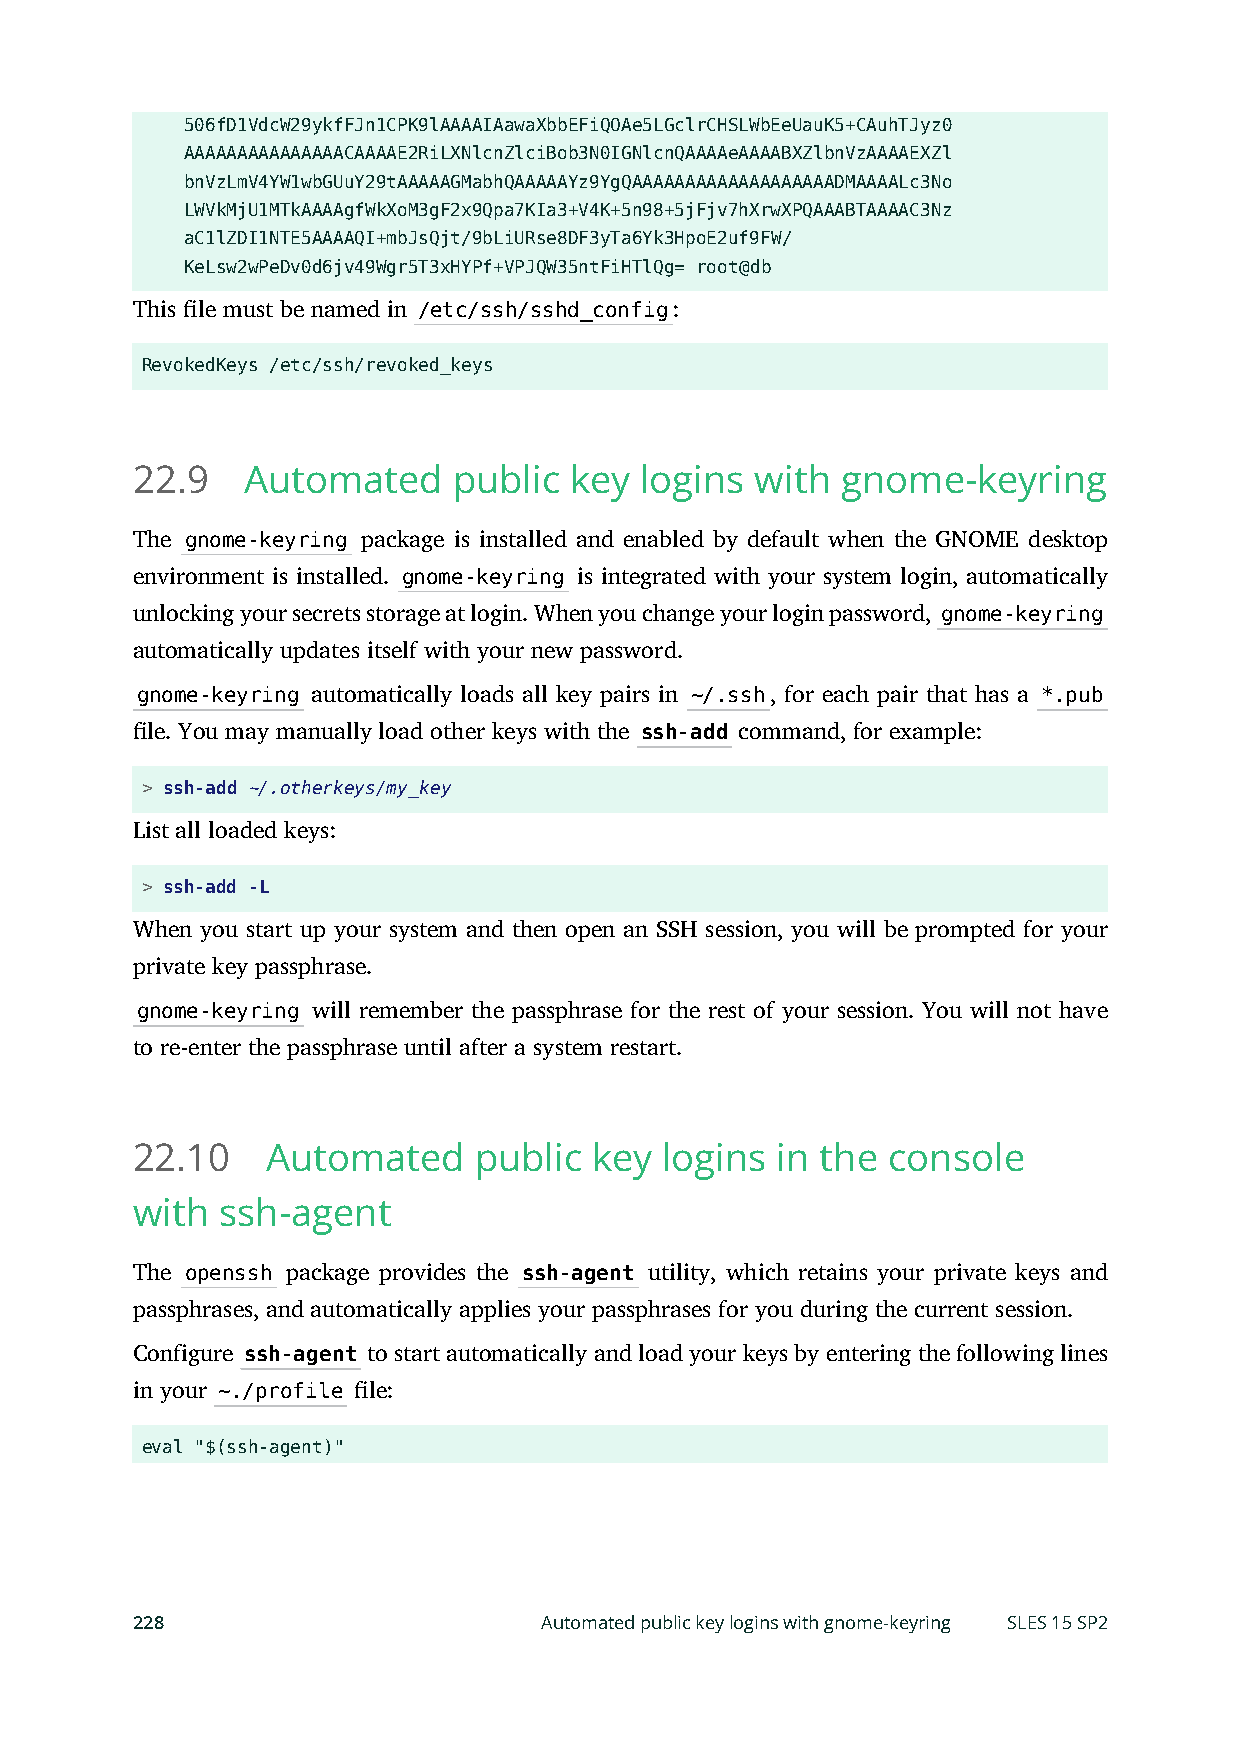
506fD1VdcW29ykfFJn1CPK9lAAAAIAawaXbbEFiQOAe5LGclrCHSLWbEeUauK5+CAuhTJyz0
 AAAAAAAAAAAAAAACAAAAE2RiLXNlcnZlciBob3N0IGNlcnQAAAAeAAAABXZlbnVzAAAAEXZl
 bnVzLmV4YW1wbGUuY29tAAAAAGMabhQAAAAAYz9YgQAAAAAAAAAAAAAAAAAAADMAAAALc3No
 LWVkMjU1MTkAAAAgfWkXoM3gF2x9Qpa7KIa3+V4K+5n98+5jFjv7hXrwXPQAAABTAAAAC3Nz
 aC1lZDI1NTE5AAAAQI+mbJsQjt/9bLiURse8DF3yTa6Yk3HpoE2uf9FW/
 KeLsw2wPeDv0d6jv49Wgr5T3xHYPf+VPJQW35ntFiHTlQg= root@db
 This le must be named in /etc/ssh/sshd_config:
 RevokedKeys /etc/ssh/revoked_keys
 22.9   Automated     public  key logins  with  gnome-keyring
 The gnome-keyring package is installed and enabled by default when the GNOME desktop
 environment is installed. gnome-keyring is integrated with your system login, automatically
 unlocking your secrets storage at login. When you change your login password, gnome-keyring
 automatically updates itself with your new password.
 gnome-keyring automatically loads all key pairs in ~/.ssh, for each pair that has a *.pub
 le. You may manually load other keys with the ssh-add command, for example:
 > ssh-add ~/.otherkeys/my_key
 List all loaded keys:
 > ssh-add -L
 When you start up your system and then open an SSH session, you will be prompted for your
 private key passphrase.
 gnome-keyring will remember the passphrase for the rest of your session. You will not have
 to re-enter the passphrase until after a system restart.
 22.10    Automated    public  key  logins in the  console
 with ssh-agent
 The openssh package provides the ssh-agent utility, which retains your private keys and
 passphrases, and automatically applies your passphrases for you during the current session.
 Configure ssh-agent to start automatically and load your keys by entering the following lines
 in your ~./profile le:
 eval "$(ssh-agent)"
 228                        Automated public key logins with gnome-keyring SLES 15 SP2